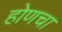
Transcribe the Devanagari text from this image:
होणचा